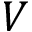
V